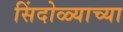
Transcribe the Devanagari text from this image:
सिंदोळ्याच्या